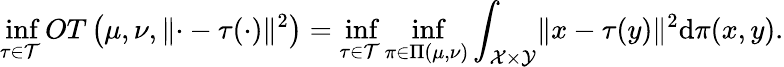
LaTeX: \operatorname*{inf}_{\tau\in\mathcal{T}}OT\left(\mu,\nu,\lVert\cdot-\tau(\cdot)\rVert^{2}\right)=\operatorname*{inf}_{\tau\in\mathcal{T}}\operatorname*{inf}_{\pi\in\Pi(\mu,\nu)}\int_{\mathcal{X}\times\mathcal{Y}}\lVert x-\tau(y)\rVert^{2}\mathrm{d}\pi(x,y).